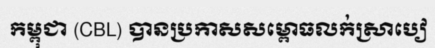
កម្ពុជា (CBL) បានប្រកាសសម្ពោធលក់ស្រាបៀ